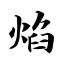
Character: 焰